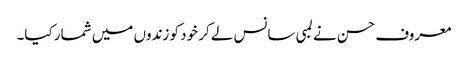
معروف حسن نے لمبی سانس لے کر خود کو زندوں میں شمار کیا۔